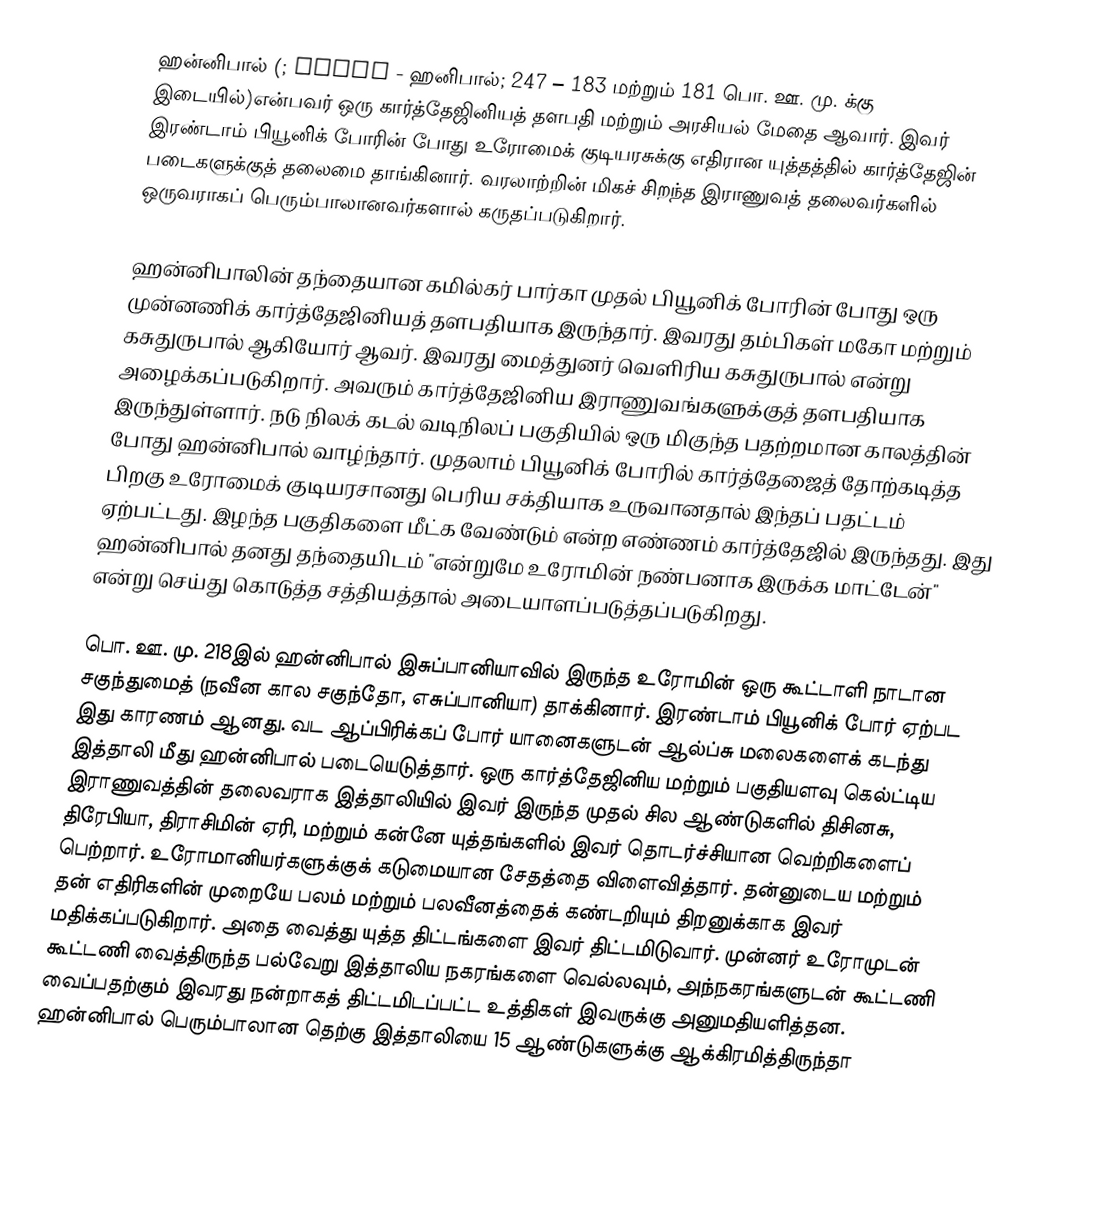
ஹன்னிபால் (; 𐤇𐤍𐤁𐤏𐤋 - ஹனிபால்; 247 – 183 மற்றும் 181 பொ. ஊ. மு. க்கு இடையில்)என்பவர் ஒரு கார்த்தேஜினியத் தளபதி மற்றும் அரசியல் மேதை ஆவார். இவர் இரண்டாம் பியூனிக் போரின் போது உரோமைக் குடியரசுக்கு எதிரான யுத்தத்தில் கார்த்தேஜின் படைகளுக்குத் தலைமை தாங்கினார். வரலாற்றின் மிகச் சிறந்த இராணுவத் தலைவர்களில் ஒருவராகப் பெரும்பாலானவர்களால் கருதப்படுகிறார்.

ஹன்னிபாலின் தந்தையான கமில்கர் பார்கா முதல் பியூனிக் போரின் போது ஒரு முன்னணிக் கார்த்தேஜினியத் தளபதியாக இருந்தார். இவரது தம்பிகள் மகோ மற்றும் கசுதுருபால் ஆகியோர் ஆவர். இவரது மைத்துனர் வெளிரிய கசுதுருபால் என்று அழைக்கப்படுகிறார். அவரும் கார்த்தேஜினிய இராணுவங்களுக்குத் தளபதியாக இருந்துள்ளார். நடு நிலக் கடல் வடிநிலப் பகுதியில் ஒரு மிகுந்த பதற்றமான காலத்தின் போது ஹன்னிபால் வாழ்ந்தார். முதலாம் பியூனிக் போரில் கார்த்தேஜைத் தோற்கடித்த பிறகு உரோமைக் குடியரசானது பெரிய சக்தியாக உருவானதால் இந்தப் பதட்டம் ஏற்பட்டது. இழந்த பகுதிகளை மீட்க வேண்டும் என்ற எண்ணம் கார்த்தேஜில் இருந்தது. இது ஹன்னிபால் தனது தந்தையிடம் "என்றுமே உரோமின் நண்பனாக இருக்க மாட்டேன்" என்று செய்து கொடுத்த சத்தியத்தால் அடையாளப்படுத்தப்படுகிறது.

பொ. ஊ. மு. 218இல் ஹன்னிபால் இசுப்பானியாவில் இருந்த உரோமின் ஒரு கூட்டாளி நாடான சகுந்துமைத் (நவீன கால சகுந்தோ, எசுப்பானியா) தாக்கினார். இரண்டாம் பியூனிக் போர் ஏற்பட இது காரணம் ஆனது. வட ஆப்பிரிக்கப் போர் யானைகளுடன் ஆல்ப்சு மலைகளைக் கடந்து இத்தாலி மீது ஹன்னிபால் படையெடுத்தார். ஒரு கார்த்தேஜினிய மற்றும் பகுதியளவு கெல்ட்டிய இராணுவத்தின் தலைவராக இத்தாலியில் இவர் இருந்த முதல் சில ஆண்டுகளில் திசினசு, திரேபியா, திராசிமின் ஏரி, மற்றும் கன்னே யுத்தங்களில் இவர் தொடர்ச்சியான வெற்றிகளைப் பெற்றார். உரோமானியர்களுக்குக் கடுமையான சேதத்தை விளைவித்தார். தன்னுடைய மற்றும் தன் எதிரிகளின் முறையே பலம் மற்றும் பலவீனத்தைக் கண்டறியும் திறனுக்காக இவர் மதிக்கப்படுகிறார். அதை வைத்து யுத்த திட்டங்களை இவர் திட்டமிடுவார். முன்னர் உரோமுடன் கூட்டணி வைத்திருந்த பல்வேறு இத்தாலிய நகரங்களை வெல்லவும், அந்நகரங்களுடன் கூட்டணி வைப்பதற்கும் இவரது நன்றாகத் திட்டமிடப்பட்ட உத்திகள் இவருக்கு அனுமதியளித்தன. ஹன்னிபால் பெரும்பாலான தெற்கு இத்தாலியை 15 ஆண்டுகளுக்கு ஆக்கிரமித்திருந்தா